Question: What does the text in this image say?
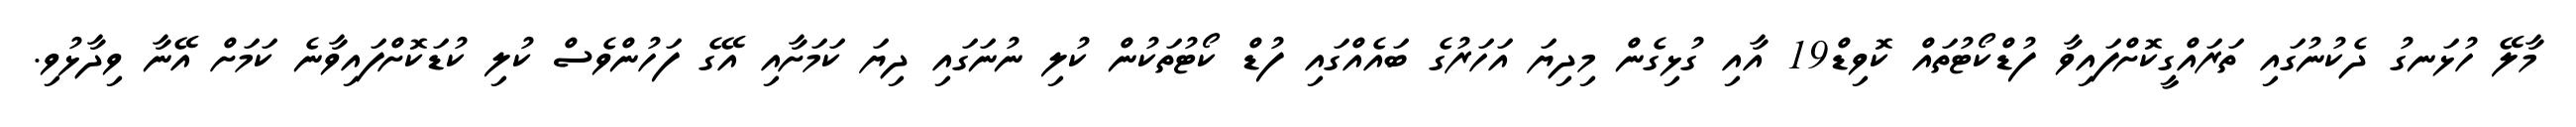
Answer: މާލޭ ހުޅަނގު ދެކުނުގައި ތަރައްގީކޮށްފައިވާ ފުޑްކޯޓުތައް ކޮވިޑް19 އާއި ގުޅިގެން މިދިޔަ އަހަރުގެ ބައެއްގައި ފުޑް ކޯޓުތަކުން ކުލި ނުނަގައި ދިޔަ ކަމަށާއި އޭގެ ފަހުންވެސް ކުލި ކުޑަކޮށްފައިވާނެ ކަމަށް އޭނާ ވިދާޅުވި.